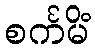
စင်္ကမိံ